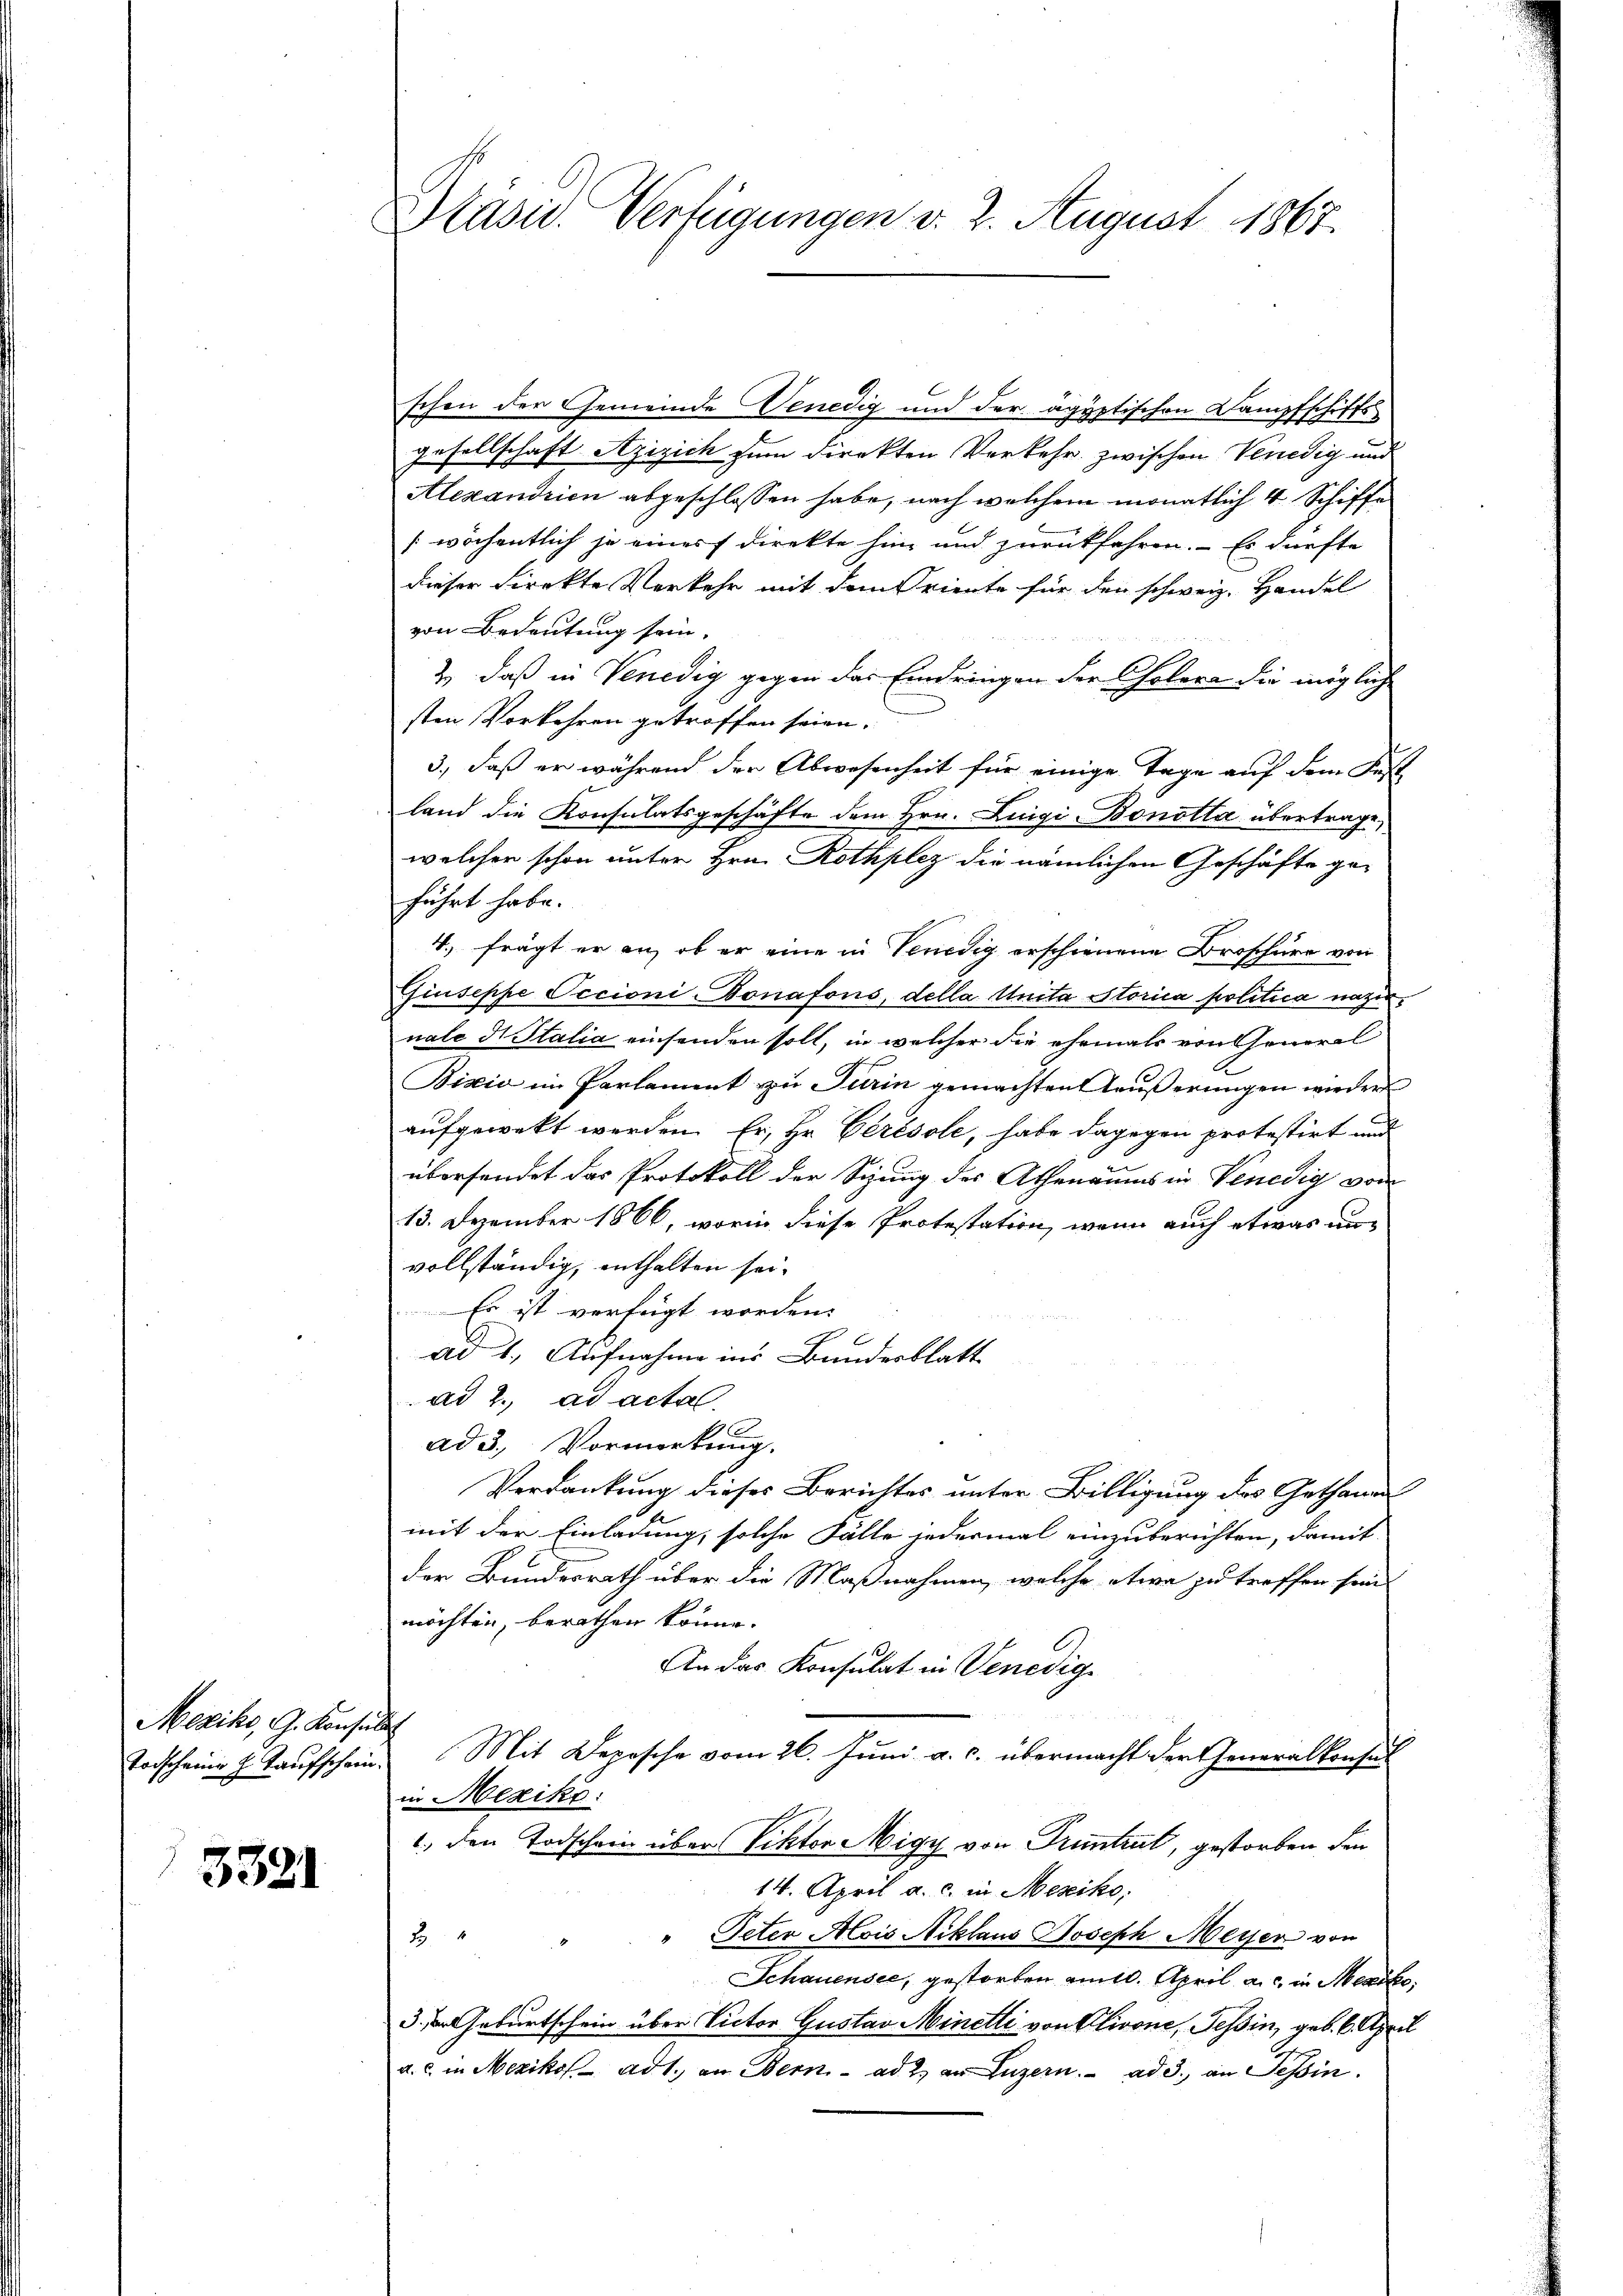
Mezik, G. Konsult
Torscheine h. Kaufschein.

3321

schon der Gemeinde Venedig und der agyptischen Dampfschiffs
gesellschaft Azizich zum Direkten Verkehr zwischen Venedig und
Alexandrien abgeschlossen habe, nach welchem monatlich 4 Schiffe
(wöchentlich je eines direkte hin und zurückfahren. - Es dürfte
dieser Direkte Verkehr mit dem Oriente für den schweiz. Handel
von Bedeutung sein.
2., daß in Venedig gegen das Eindringen der Cholera die mögliche
sten Vorkehren getroffen seien.
3., daß er während der Abwesenheit für einige Tage auf dem Fast
land die Konsulatsgeschäfte dem Hrn. Lingi Bonotta übertrage,
welcher schon unter Hrn. Rothplez die nämlichen Geschäfte geführt habe.
V. frägt er an, ob er eine in Venedig erschienene Broschüre von
Giuseppe Occioni Bonafons, della Anita Storica politica nahennale di Stalia einsenden soll, in welcher die ehemals von General
Bixio im Parlammt zu Turin gemachten Äußerungen wieder
aufgewekt werden. Er, Hr. Cerésole, habe dagegen protestirt und
übersendet das Protokoll der Sizung der Athenaums in Venedig vom
13. Dezember 1866, worin diese Protestation, wenn auch etwas unvollständig, enthalten sei.
Es ist verfügt worden.
2 x
ad 1., Aufnahme ins Bundesblatt
ad 2., ad actal.
ad 3. Vormerkung.
Verdankung dieses Berichtes unter Billigung des Gethane
mit der Einladung, solche Fälle jedermal einzuberichten, damit
der Bundesrath über die Maßnahmen, welche etwa zu treffen sein
möchten, berathen könne.
An das Konsulat in Venedig¬
Mit Depesche vom 26. Juni a. c. übermacht der Generalkonsul
in Mexiks:
1. den Todschein über Viktor Migy von Truntrut, gestorben den
14. April a. c. in Mexiko,
" Peter Alois Niklaus Joseph Meyer von
2.
Schauensee, gestorfen mit. April an in Mexik
3. d. Geburtschein über Victor Gustav Minetti von Olivone, Tessin, geb. 6. April
a. c. in Mexikos ad 1. an Bern ad 2. an Luzern. ad 3., an Tessin.

Präsid. Verfügungen v. 2. August 1867.